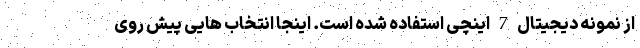
از نمونه دیجیتال 7 اینچی استفاده شده است. اینجا انتخاب هایی پیش روی